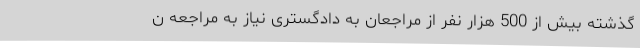
گذشته بیش از 500 هزار نفر از مراجعان به دادگستری نیاز به مراجعه ن